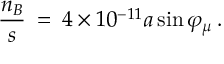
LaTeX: \frac { n _ { B } } { s } \: = \: 4 \times 1 0 ^ { - 1 1 } a \sin \varphi _ { \mu } \: .